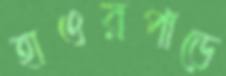
হাওরপাড়ে